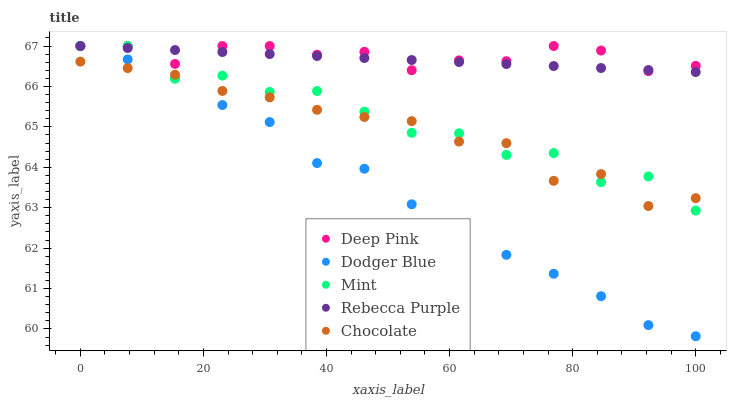
| xaxis_label | Deep Pink | Dodger Blue | Mint | Rebecca Purple | Chocolate |
 | --- | --- | --- | --- | --- | --- |
 | 0 | 67 | 67 | 67 | 67 | 66.6 |
 | 7.69 | 67 | 66.7 | 67 | 67 | 66.5 |
 | 15.4 | 66.6 | 66.2 | 66.2 | 66.9 | 66.3 |
 | 23.1 | 67 | 65.5 | 66.3 | 66.9 | 65.9 |
 | 30.8 | 67 | 65.1 | 65.9 | 66.8 | 65.7 |
 | 38.5 | 66.8 | 64.1 | 65.9 | 66.8 | 65.4 |
 | 46.2 | 66.9 | 64 | 65.4 | 66.7 | 65.2 |
 | 53.8 | 66.4 | 63.1 | 64.9 | 66.7 | 65.1 |
 | 61.5 | 66.6 | 62.4 | 64.8 | 66.6 | 64.6 |
 | 69.2 | 66.6 | 61.8 | 64.3 | 66.6 | 64.6 |
 | 76.9 | 67 | 61.4 | 64.4 | 66.5 | 63.7 |
 | 84.6 | 66.9 | 60.8 | 63.6 | 66.5 | 63.8 |
 | 92.3 | 66.4 | 60.1 | 63.8 | 66.4 | 63 |
 | 100 | 66.5 | 59.8 | 62.9 | 66.4 | 63.2 |